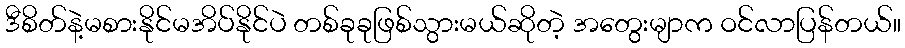
ဒီစိတ်နဲ့မစားနိုင်မအိပ်နိုင်ပဲ တစ်ခုခုဖြစ်သွားမယ်ဆိုတဲ့ အတွေးမျာက ဝင်လာပြန်တယ်။